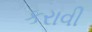
કરાવી